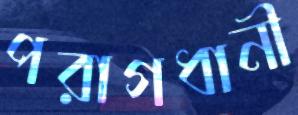
পরাগধানী